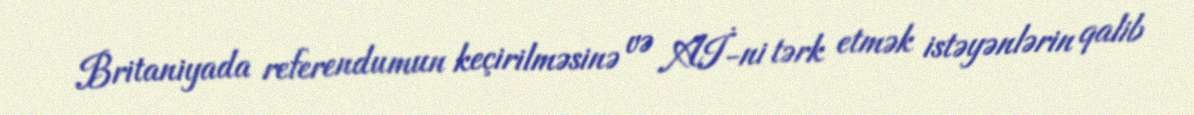
Britaniyada referendumun keçirilməsinə və Aİ-ni tərk etmək istəyənlərin qalib